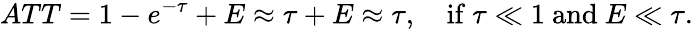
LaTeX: ATT=1-e^{-\tau}+E\approx\tau+E\approx\tau,\quad{\mathrm{if}}\ \tau\ll 1\ {\mathrm{and}}\ E\ll\tau.